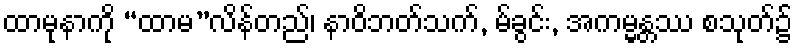
ထာမုနာကို “ထာမ”လိန်တည်၊ နာဝိဘတ်သက်, မ်ခွင်း, အကမ္မန္တဿ စသုတ်၌